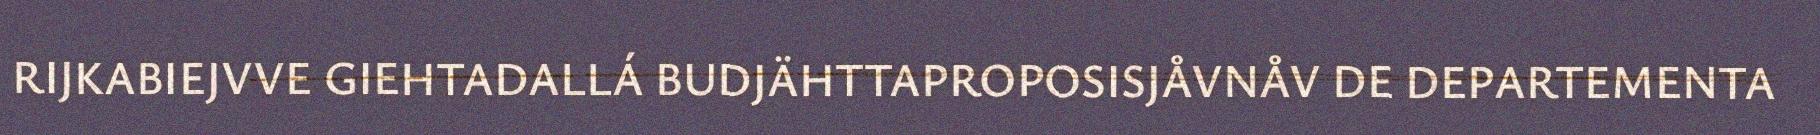
RIJKABIEJVVE GIEHTADALLÁ BUDJÄHTTAPROPOSISJÅVNÅV DE DEPARTEMENTA